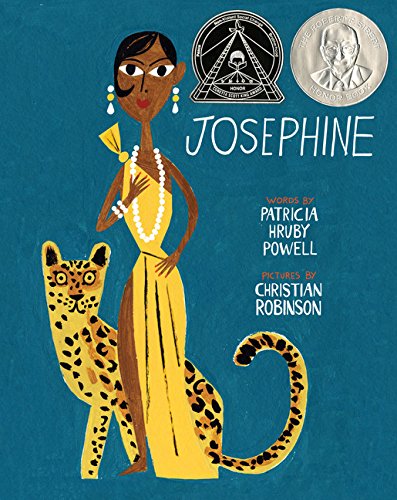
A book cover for Josephine: The Dazzling Life of Josephine Baker (Coretta Scott King Illustrator Honor Books); Patricia Hruby Powell; Children's Books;